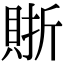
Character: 𧶇